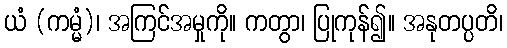
ယံ (ကမ္မံ)၊ အကြင်အမှုကို။ ကတွာ၊ ပြုကုန်၍။ အနုတပ္ပတိ၊